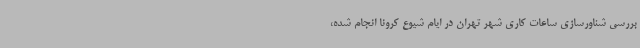
بررسی شناورسازی ساعات کاری شهر تهران در ایام شیوع کرونا انجام شده،